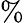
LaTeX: \%